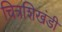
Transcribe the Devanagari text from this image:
चित्रशिखंडी